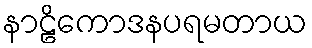
နာဠိကောဒနပရမတာယ